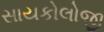
સાયકોલોજી